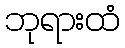
ဘုရားထံ